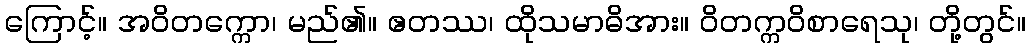
ကြောင့်။ အဝိတက္ကော၊ မည်၏။ ဧတဿ၊ ထိုသမာဓိအား။ ဝိတက္ကဝိစာရေသု၊ တို့တွင်။